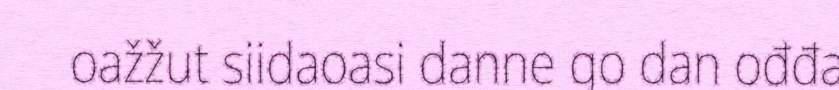
oažžut siidaoasi danne go dan ođđa